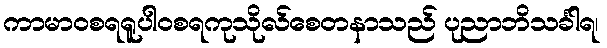
ကာမာဝစရရူပါဝစရကုသိုလ်စေတနာသည် ပုညာဘိသင်္ခါရ၊